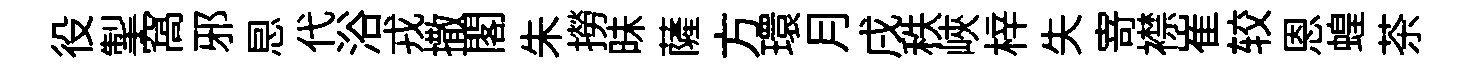
役掣窩邪㤙代浴戎撒閣朱撈昧薩方環月戌秩峽梓失𭔃襟崔较恩蝗茶